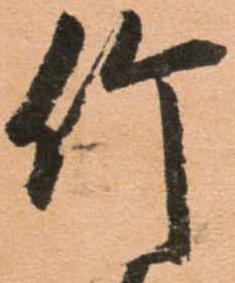
竹